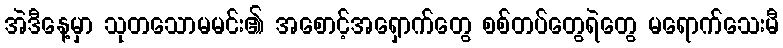
အဲဒီနေ့မှာ သုတသောမမင်း၏ အစောင့်အရှောက်တွေ စစ်တပ်တွေရဲတွေ မရောက်သေးမီ